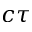
c \tau